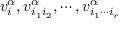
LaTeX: v _ { i } ^ { \alpha } , v _ { i _ { 1 } i _ { 2 } } ^ { \alpha } , \cdots , v _ { i _ { 1 } \cdots i _ { r } } ^ { \alpha }